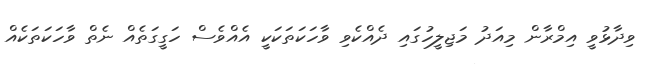
ވިދާޅުވީ އިމްރާން މިއަދު މަޖިލީހުގައި ދެއްކެވި ވާހަކަތަކަކީ އެއްވެސް ހަގީގަތެއް ނެތް ވާހަކަތަކެއް